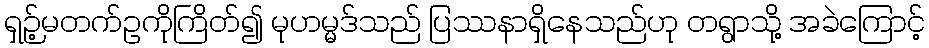
ရှဉ့်မတက်ဥကိုကြိတ်၍ မုဟမ္မဒ်သည် ပြဿနာရှိနေသည်ဟု တရွာသို့ အခဲကြောင့်